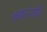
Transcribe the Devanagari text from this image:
ब्रह्महत्यादि